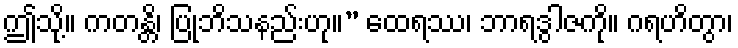
ဤသို့။ ကတန္တိ၊ ပြုဘိသနည်းဟု။” ထေရဿ၊ ဘာရဒွါဇကို။ ဂရဟိတွာ၊